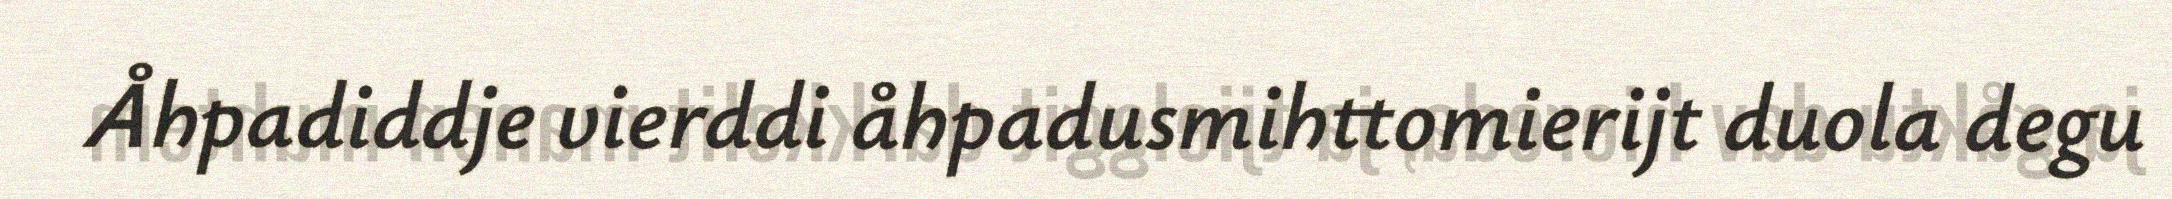
Åhpadiddje vierddi åhpadusmihttomierijt duola degu